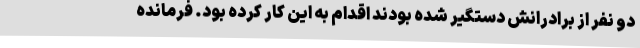
دو نفر از برادرانش دستگیر شده بودند اقدام به این کار کرده بود. فرمانده